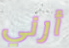
أرني